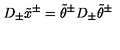
D _ { \pm } \tilde { x } ^ { \pm } = \tilde { \theta } ^ { \pm } D _ { \pm } \tilde { \theta } ^ { \pm }